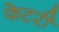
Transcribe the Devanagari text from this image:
फेटरी